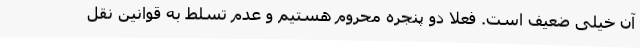
آن خیلی ضعیف است. فعلا دو پنجره محروم هستیم و عدم تسلط به قوانین نقل